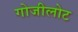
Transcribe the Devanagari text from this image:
गोजीलोट